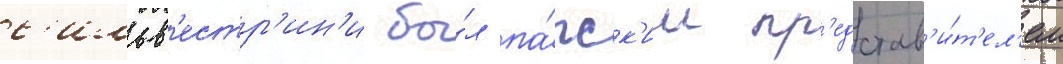
с'ильв'естр'ин'и бы́л па́пск'им пр'едстав'и́т'ел'ем